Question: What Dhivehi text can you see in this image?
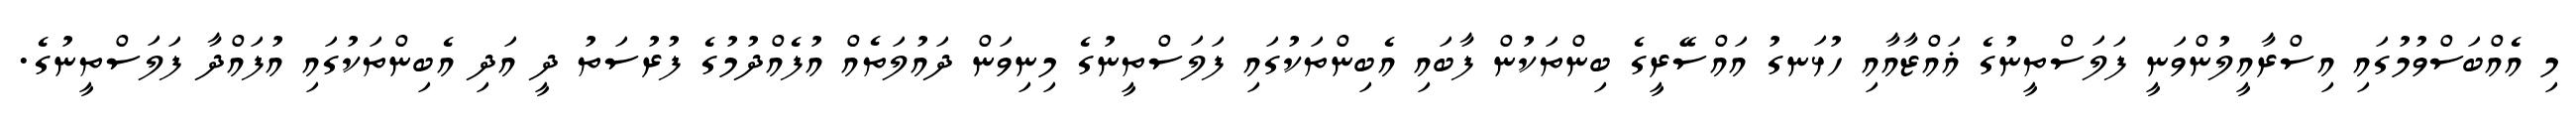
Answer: މި އެއްބަސްވުމުގައި އިސްރާއީލުންވަނީ ފަލަސްތީނުގެ ޣައްޒާއާއި ހުޅަނގު އައްސޭރީގެ ބިންތަކުން ފާބައި އެބިންތަކުގައި ފަލަސްތީނުގެ މިނިވަން ދައުލަތެއް އުފެއްދުމުގެ ފުރުސަތު ދީ އަދި އެބިންތަކުގައި އުފައްދާ ފަލަސްތީނުގެ.